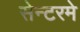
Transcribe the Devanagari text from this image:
सेन्टरमे